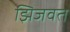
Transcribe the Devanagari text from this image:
झिजवत